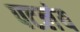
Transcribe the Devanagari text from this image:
पटलंय